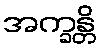
အက္ခန္တိ